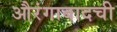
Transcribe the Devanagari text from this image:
औरंगाबादची